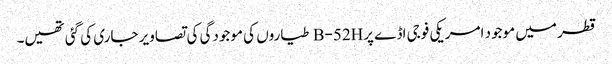
قطر میں موجود امریکی فوجی اڈے پرB-52H طیاروں کی موجودگی کی تصاویر جاری کی گئی تھیں۔